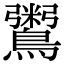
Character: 𪆀